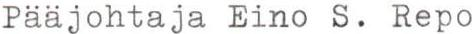
Pääjohtaja Eino S. Repo